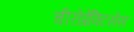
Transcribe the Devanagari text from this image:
चीरोप्रेक्टिसेस